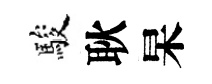
駿耿杲